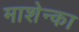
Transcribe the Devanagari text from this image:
माशेन्का